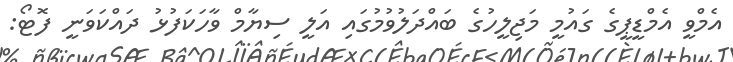
އެމްވީ އެމްޑީޕީގެ ގައުމީ މަޖިލީހުގެ ބައްދަލުވުމުގައި އަލީ ސިޔާމް ވާހަކަފުޅު ދައްކަވަނީ ފޮޓޯ: